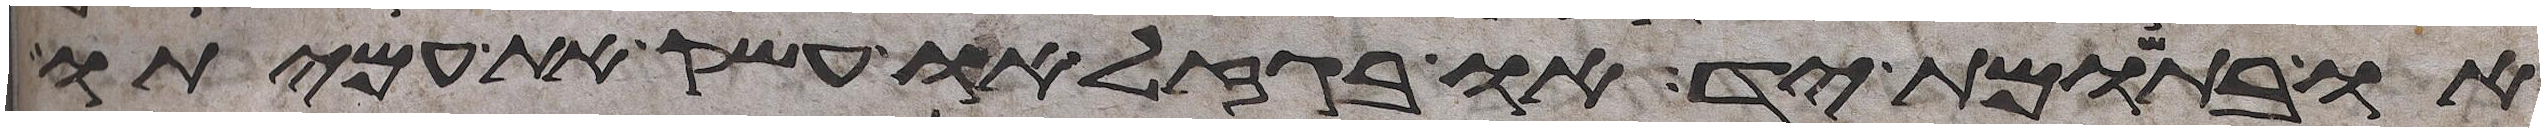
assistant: או בתשומת יד או בגזל או עשק את עמיתו